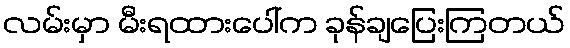
လမ်းမှာ မီးရထားပေါ်က ခုန်ချပြေးကြတယ်